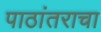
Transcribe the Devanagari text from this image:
पाठांतराचा